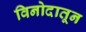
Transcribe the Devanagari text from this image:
विनोदातून